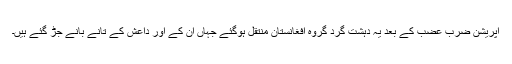
آپریشن ضربِ عضب کے بعد یہ دہشت گرد گروہ افغانستان منتقل ہوگئے جہاں ان کے اور داعش کے تانے بانے جڑ گئے ہیں۔